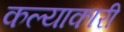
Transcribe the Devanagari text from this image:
कल्याकारी